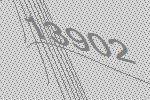
13902